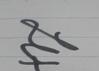
Signature authenticity: genuine